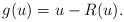
\begin{align*} g(u) = u - R(u).\end{align*}